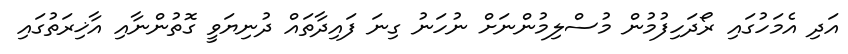
އަދި އެމަހުގައި ރޯދަހިފުމުން މުސްލިމުންނަށް ނުހަނު ގިނަ ފައިދާތައް ދުނިޔަވީ ގޮތުންނާއި އާޚިރަތުގައި